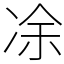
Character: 凃